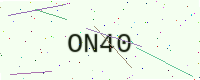
Text: ON40